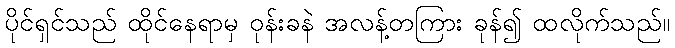
ပိုင်ရှင်သည် ထိုင်နေရာမှ ဝုန်းခနဲ အလန့်တကြား ခုန်၍ ထလိုက်သည်။